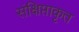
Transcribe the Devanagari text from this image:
संक्षिप्ताकृत